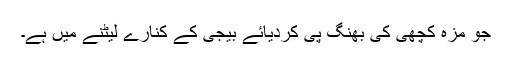
جو مزہ کچّھی کی بھنگ پی کردیائے بیجی کے کنارے لیٹنے میں ہے۔